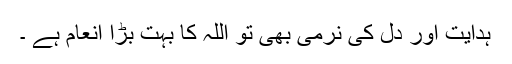
ہدایت اور دل کی نرمی بھی تو اللہ کا بہت بڑا انعام ہے ۔